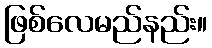
ဖြစ်လေမည်နည်း။